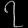
Digit: ၇